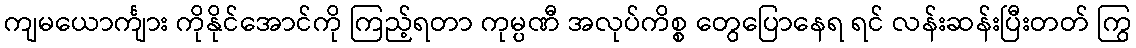
ကျမယောင်္ကျား ကိုနိုင်အောင်ကို ကြည့်ရတာ ကုမ္ပဏီ အလုပ်ကိစ္စ တွေပြောနေရ ရင် လန်းဆန်းပြီးတတ် ကြွ